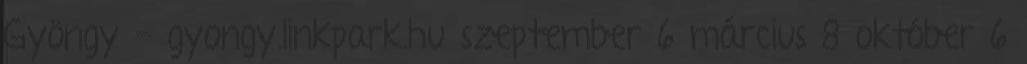
Gyöngy - gyongy.linkpark.hu szeptember 6 március 8 október 6